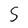
Character: S